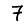
Digit: 7